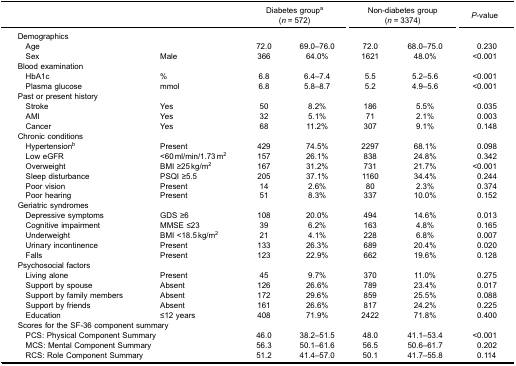
<table><thead><tr><td><b> </b></td><td><b> </b></td><td colspan="2"><b>Diabetes group<sup>a</sup>(<i>n</i> = 572)</b></td><td colspan="2"><b>Non-diabetes group(<i>n</i> = 3374)</b></td><td><b><i>P</i>-value</b></td></tr></thead><tbody><tr><td colspan="7">Demographics</td></tr><tr><td> Age</td><td> </td><td>72.0</td><td>69.0–76.0</td><td>72.0</td><td>68.0–75.0</td><td>0.230</td></tr><tr><td> Sex</td><td>Male</td><td>366</td><td>64.0%</td><td>1621</td><td>48.0%</td><td>&lt;0.001</td></tr><tr><td colspan="7">Blood examination</td></tr><tr><td> HbA1c</td><td>%</td><td>6.8</td><td>6.4–7.4</td><td>5.5</td><td>5.2–5.6</td><td>&lt;0.001</td></tr><tr><td> Plasma glucose</td><td>mmol</td><td>6.8</td><td>5.8–8.7</td><td>5.2</td><td>4.9–5.6</td><td>&lt;0.001</td></tr><tr><td colspan="7">Past or present history</td></tr><tr><td> Stroke</td><td>Yes</td><td>50</td><td>8.2%</td><td>186</td><td>5.5%</td><td>0.035</td></tr><tr><td> AMI</td><td>Yes</td><td>32</td><td>5.1%</td><td>71</td><td>2.1%</td><td>0.003</td></tr><tr><td> Cancer</td><td>Yes</td><td>68</td><td>11.2%</td><td>307</td><td>9.1%</td><td>0.148</td></tr><tr><td colspan="7">Chronic conditions</td></tr><tr><td> Hypertension<sup>b</sup></td><td>Present</td><td>429</td><td>74.5%</td><td>2297</td><td>68.1%</td><td>0.098</td></tr><tr><td> Low eGFR</td><td>&lt;60 ml/min/1.73 m<sup>2</sup></td><td>157</td><td>26.1%</td><td>838</td><td>24.8%</td><td>0.342</td></tr><tr><td> Overweight</td><td>BMI ≥25 kg/m<sup>2</sup></td><td>167</td><td>31.2%</td><td>731</td><td>21.7%</td><td>&lt;0.001</td></tr><tr><td> Sleep disturbance</td><td>PSQI ≥5.5</td><td>205</td><td>37.1%</td><td>1160</td><td>34.4%</td><td>0.244</td></tr><tr><td> Poor vision</td><td>Present</td><td>14</td><td>2.6%</td><td>80</td><td>2.3%</td><td>0.374</td></tr><tr><td> Poor hearing</td><td>Present</td><td>51</td><td>8.3%</td><td>337</td><td>10.0%</td><td>0.152</td></tr><tr><td colspan="7">Geriatric syndromes</td></tr><tr><td> Depressive symptoms</td><td>GDS ≥6</td><td>108</td><td>20.0%</td><td>494</td><td>14.6%</td><td>0.013</td></tr><tr><td> Cognitive impairment</td><td>MMSE ≤23</td><td>39</td><td>6.2%</td><td>163</td><td>4.8%</td><td>0.165</td></tr><tr><td> Underweight</td><td>BMI &lt;18.5 kg/m<sup>2</sup></td><td>21</td><td>4.1%</td><td>228</td><td>6.8%</td><td>0.007</td></tr><tr><td> Urinary incontinence</td><td>Present</td><td>133</td><td>26.3%</td><td>689</td><td>20.4%</td><td>0.020</td></tr><tr><td> Falls</td><td>Present</td><td>123</td><td>22.9%</td><td>662</td><td>19.6%</td><td>0.128</td></tr><tr><td colspan="7">Psychosocial factors</td></tr><tr><td> Living alone</td><td>Present</td><td>45</td><td>9.7%</td><td>370</td><td>11.0%</td><td>0.275</td></tr><tr><td> Support by spouse</td><td>Absent</td><td>126</td><td>26.6%</td><td>789</td><td>23.4%</td><td>0.017</td></tr><tr><td> Support by family members</td><td>Absent</td><td>172</td><td>29.6%</td><td>859</td><td>25.5%</td><td>0.088</td></tr><tr><td> Support by friends</td><td>Absent</td><td>161</td><td>26.6%</td><td>817</td><td>24.2%</td><td>0.225</td></tr><tr><td> Education</td><td>≤12 years</td><td>408</td><td>71.9%</td><td>2422</td><td>71.8%</td><td>0.400</td></tr><tr><td colspan="7">Scores for the SF-36 component summary</td></tr><tr><td colspan="2"> PCS: Physical Component Summary</td><td>46.0</td><td>38.2–51.5</td><td>48.0</td><td>41.1–53.4</td><td>&lt;0.001</td></tr><tr><td colspan="2"> MCS: Mental Component Summary</td><td>56.3</td><td>50.1–61.6</td><td>56.5</td><td>50.6–61.7</td><td>0.202</td></tr><tr><td colspan="2"> RCS: Role Component Summary</td><td>51.2</td><td>41.4–57.0</td><td>50.1</td><td>41.7–55.8</td><td>0.114</td></tr></tbody></table>